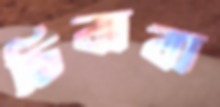
চিবাবা